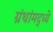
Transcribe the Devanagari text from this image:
ग्रंथांमद्ध्ये